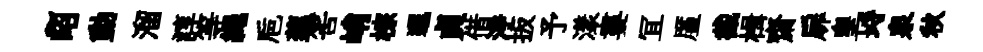
~昭動溜諄等繩巵蕴筈峭棕邐貞借淨扳予漾婁冝厪截楫齋扉皇埓泉秋